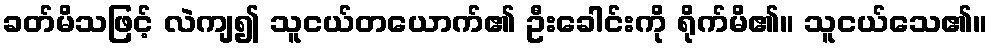
ခတ်မိသဖြင့် လဲကျ၍ သူငယ်တယောက်၏ ဦးခေါင်းကို ရိုက်မိ၏။ သူငယ်သေ၏။